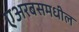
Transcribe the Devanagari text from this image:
एअरबसमधील